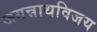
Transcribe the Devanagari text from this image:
जगन्नाथविजय